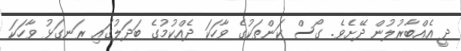
ދީ އެއްބާރުލުން ދޭށެވެ. ގޯސް ކަންތަކުގެ ވާހަކަ ދެއްކުމުގެ ބަދަލުގައި ރަނގަޅު ވާހަކަ